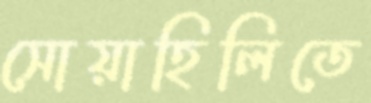
সোয়াহিলিতে